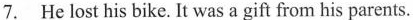
7. He lost his bike. It was a gift from his parents.